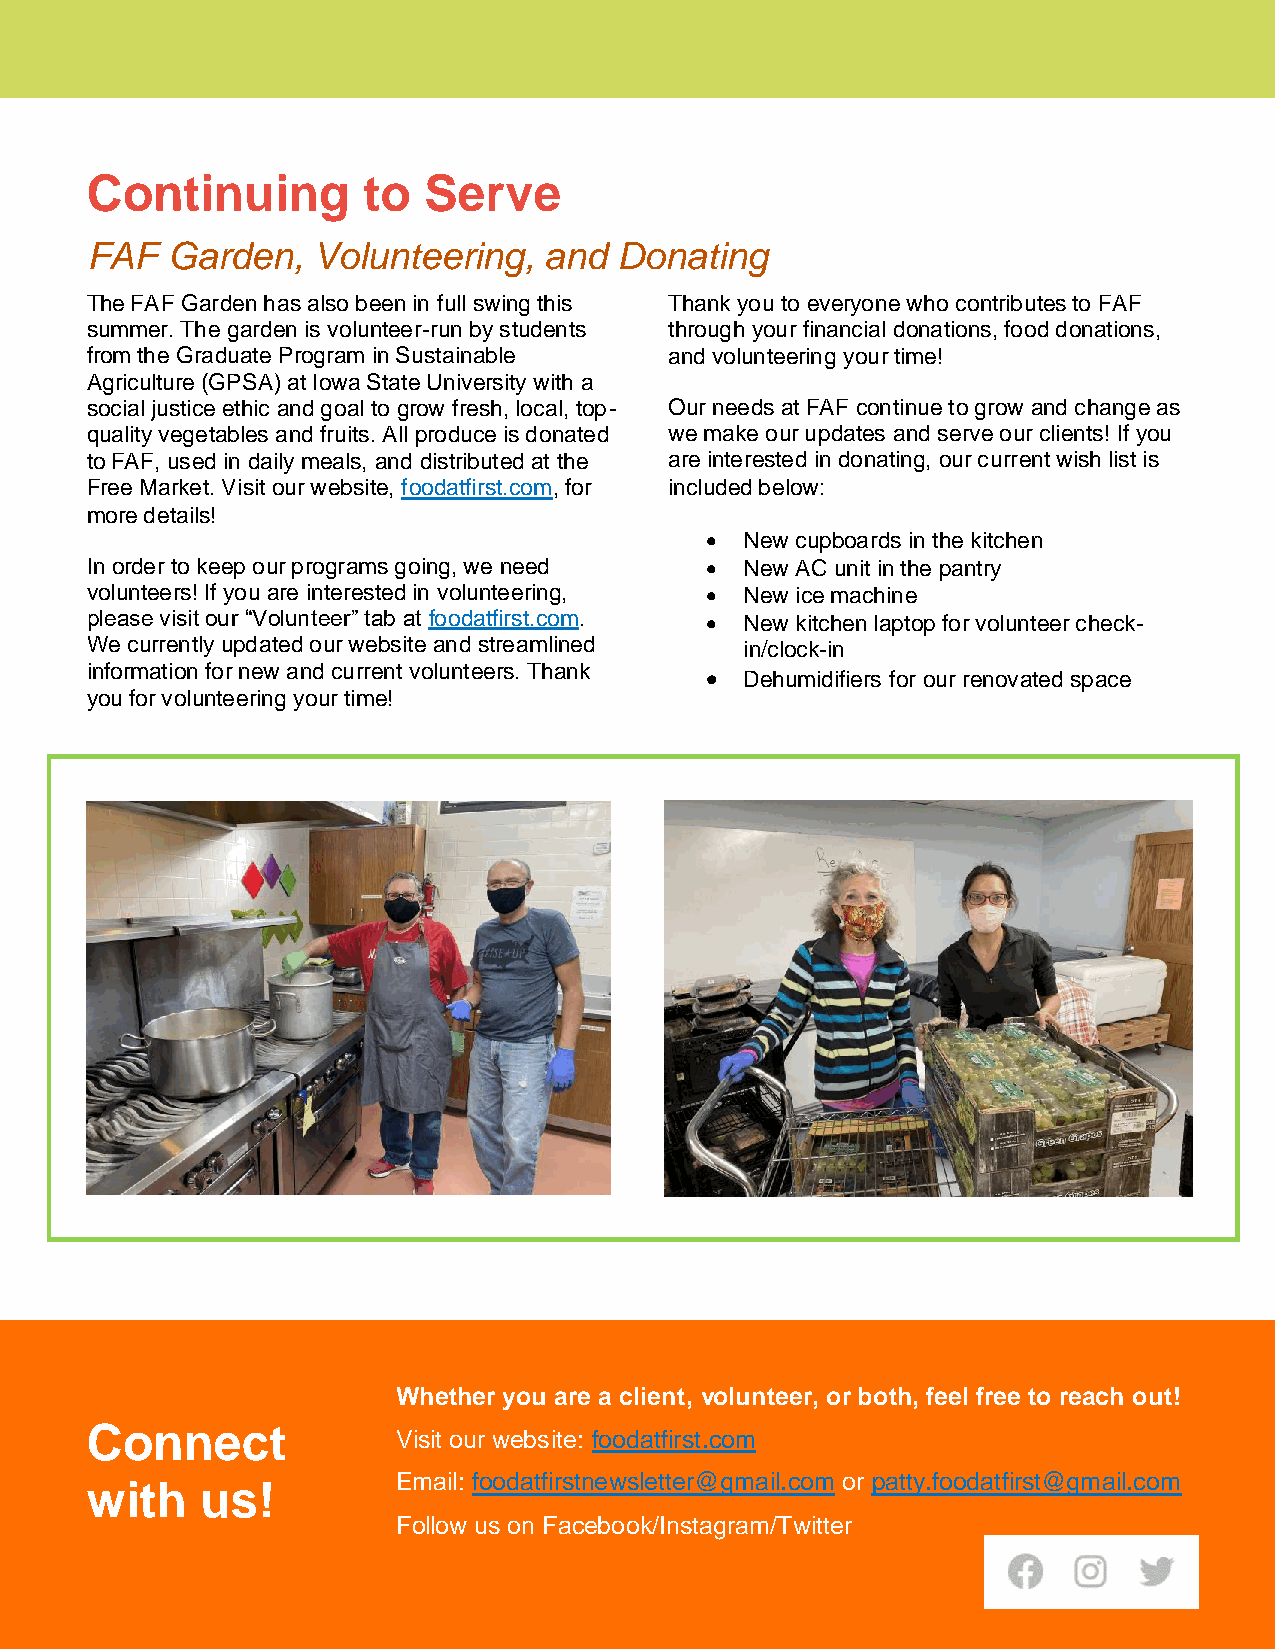
Continuing        to  Serve
 FAF  Garden,   Volunteering,  and  Donating
 The FAF Garden has also been in full swing this Thank you to everyone who contributes to FAF
 summer. The garden is volunteer-run by students through your financial donations, food donations,
 from the Graduate Program in Sustainable and volunteering your time!
 Agriculture (GPSA) at Iowa State University with a
 social justice ethic and goal to grow fresh, local, top- Our needs at FAF continue to grow and change as
 quality vegetables and fruits. All produce is donated we make our updates and serve our clients! If you
 to FAF, used in daily meals, and distributed at the are interested in donating, our current wish list is
 Free Market. Visit our website, foodatfirst.com, for included below:
 more details!
 • New cupboards in the kitchen
 In order to keep our programs going, we need • New AC unit in the pantry
 volunteers! If you are interested in volunteering, • New ice machine
 please visit our “Volunteer” tab at foodatfirst.com. • New kitchen laptop for volunteer check-
 We currently updated our website and streamlined in/clock-in
 information for new and current volunteers. Thank
 • Dehumidifiers for our renovated space
 you for volunteering your time!
 Whether you are a client, volunteer, or both, feel free to reach out!
 Connect
 Visit our website: foodatfirst.com
 Email: foodatfirstnewsletter@gmail.com or patty.foodatfirst@gmail.com
 with   us!
 Follow us on Facebook/Instagram/Twitter